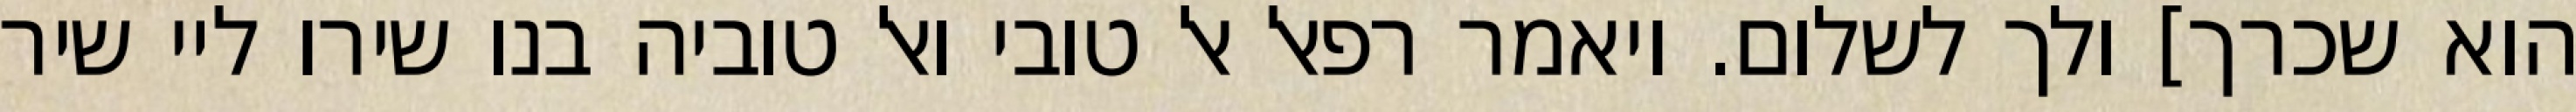
הוא שכרך] ולך לשלום. ויאמר רפאל אל טובי ואל טוביה בנו שירו ליי שיר